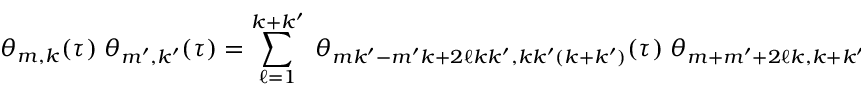
\theta _ { m , k } \: ( \tau ) \; \theta _ { m ^ { \prime } , k ^ { \prime } } \: ( \tau ) = \sum _ { \ell = 1 } ^ { k + k ^ { \prime } } \; \theta _ { m k ^ { \prime } - m ^ { \prime } k + 2 \ell k k ^ { \prime } , k k ^ { \prime } ( k + k ^ { \prime } ) } \: ( \tau ) \; \theta _ { m + m ^ { \prime } + 2 \ell k , k + k ^ { \prime } } \: ( \tau ) ,